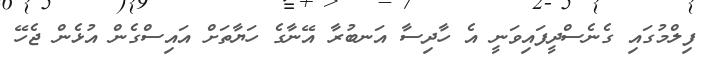
ފިލްމުގައި ގެނެސްދީފައިވަނީ އެ ހާދިސާ އަނބުރާ އޭނާގެ ހަޔާތަށް އައިސްގެން އުޅެން ޖެހޭ